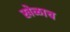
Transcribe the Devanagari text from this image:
खेळाच